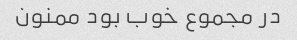
در مجموع خوب بود ممنون